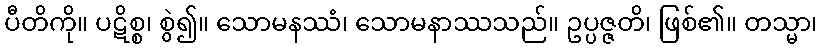
ပီတိကို။ ပဋိစ္စ၊ စွဲ၍။ သောမနဿံ၊ သောမနာဿသည်။ ဥပ္ပဇ္ဇတိ၊ ဖြစ်၏။ တသ္မာ၊